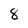
Character: 8